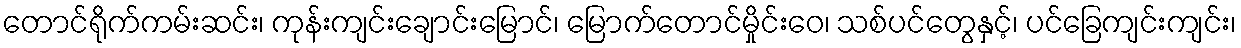
တောင်ရိုက်ကမ်းဆင်း၊ ကုန်းကျင်းချောင်းမြောင်၊ မြောက်တောင်မှိုင်းဝေ၊ သစ်ပင်တွေနှင့်၊ ပင်ခြေကျင်းကျင်း၊